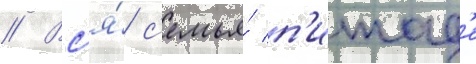
// Вс'я́ с'емья́ п'итад'е